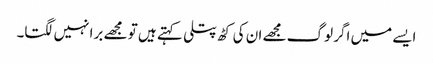
ایسے میں اگر لوگ مجھے ان کی کٹھ پتلی کہتے ہیں تو مجھے برا نہیں لگتا۔